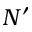
N ^ { \prime }